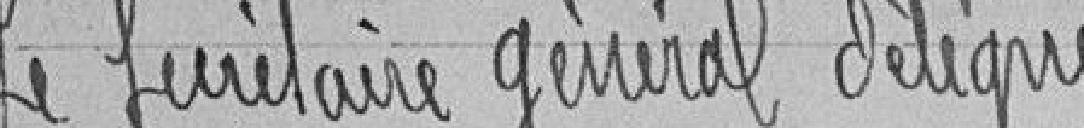
Le Secrétaire Général Délégué